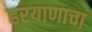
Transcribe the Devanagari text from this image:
हरयाणाचा